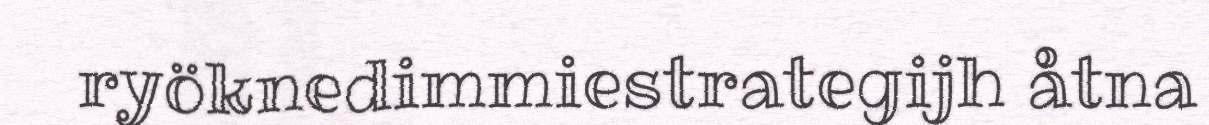
ryöknedimmiestrategijh åtna